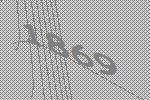
1869